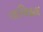
તબિદલ